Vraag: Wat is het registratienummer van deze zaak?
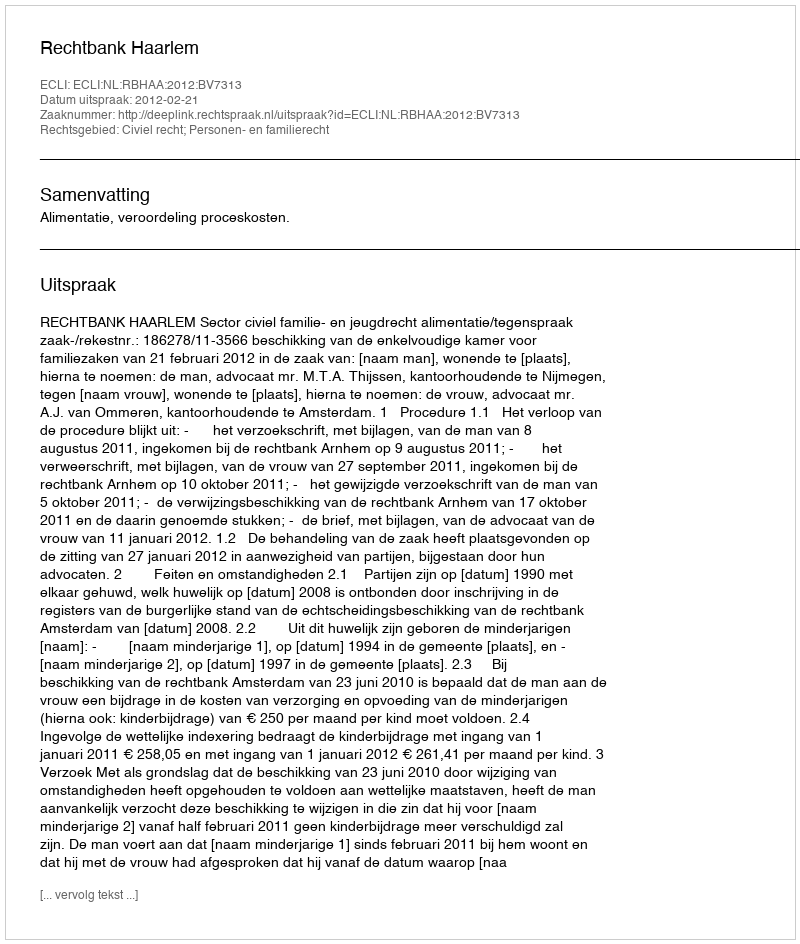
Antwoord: http://deeplink.rechtspraak.nl/uitspraak?id=ECLI:NL:RBHAA:2012:BV7313